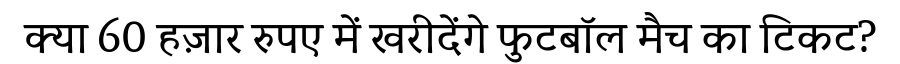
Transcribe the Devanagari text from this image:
क्या 60 हज़ार रुपए में खरीदेंगे फुटबॉल मैच का टिकट?